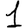
Digit: 1